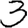
Digit: 3